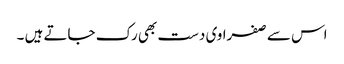
اس سے صفراوی دست بھی رک جاتے ہیں ۔